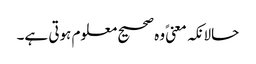
حالانکہ معنیً وہ صحیح معلوم ہوتی ہے۔